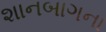
શાનબાગના